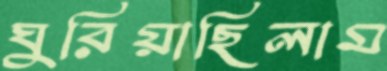
ঘুরিয়াছিলাম